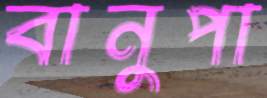
বানুপা